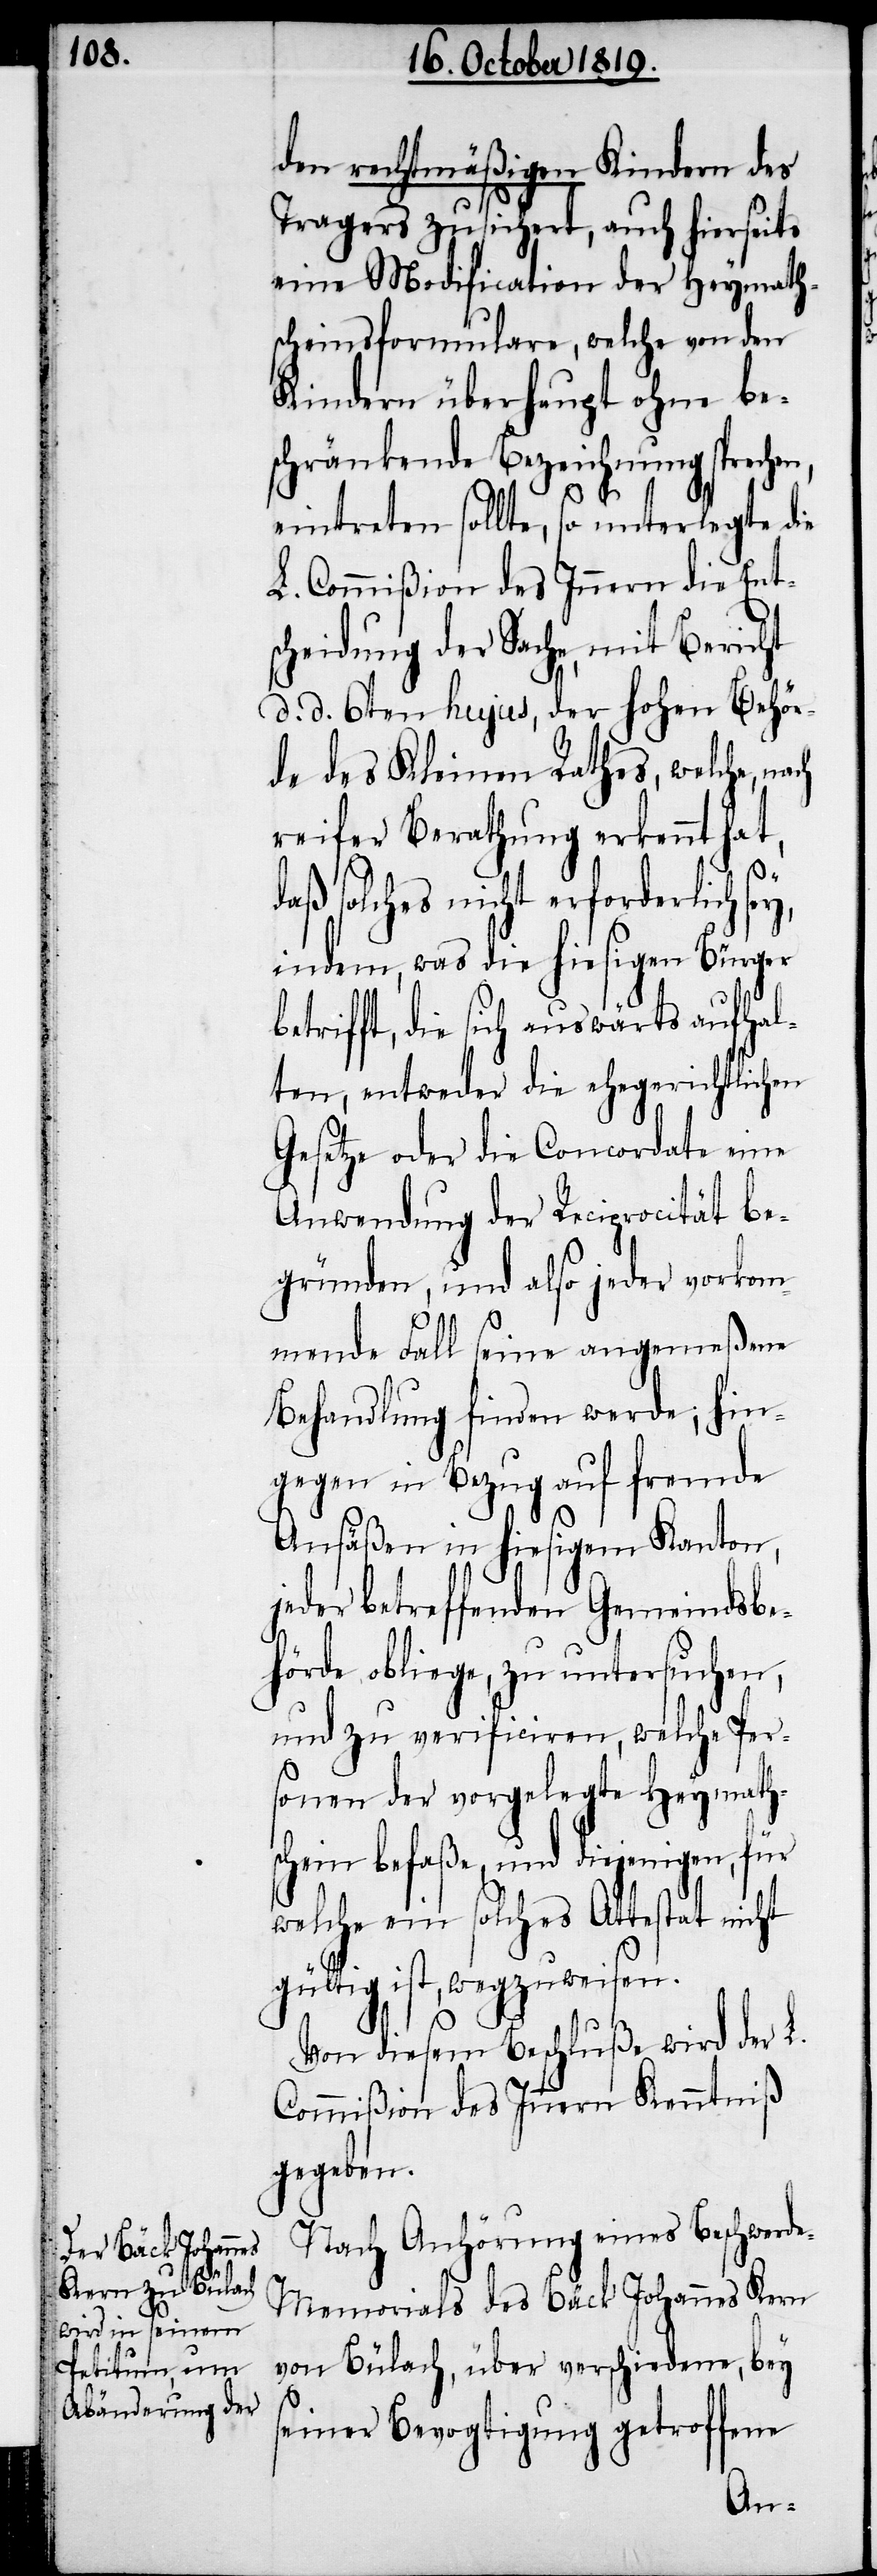
den rechtmäßigen Kindern des
Tragers zusichert, auch hierseits
eine Modification der Heymath¬
scheinsformulare, welche von den
Kindern überhaupt ohne be¬
schränkende Bezeichnung sprechen,
eintreten sollte, so unterlegte die
L. Commißion des Innern die Ent¬
scheidung der Sache, mit Bericht
d. d. 6ten hujus, der hohen Behör¬
de des Kleinen Rathes, welche, nach
reifer Berathung erkennt hat,
daß solches nicht erforderlich se¬
indem, was die hiesigen Bürger
trifft, die sich auswärts aufhal¬
ten, entweder die ehegerichtlichen
Gesetze oder die Concordate eine
Anwendung der Reciprocität be¬
gründen, und also jeder vorkom¬
mende Fall seine angemeßene
Behandlung finden werde; hin¬
gegen in Bezug auf fremde
Ansäßen in hiesigem Kanton,
jeder betreffenden Gemeindsbe¬
hörde obliege, zu untersuchen,
und zu verificiren, welche Per¬
sonen der vorgelegte Heymath¬
schein befaße, und diejenigen, für
welche ein solches Attestat nicht
gültig ist, wegzuweisen.
Von diesem Beschluße wird der L.
Commißion des Innern Kenntniß
gegeben.
Nach Anhörung eines Beschwerd¬
e-Memorials des Bäck Johannes Kern
von Bülach, über verschiedene, bey
be¬
seiner Bevogtigung getroffene